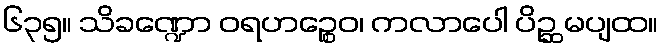
၆၃၅။ သိခဏ္ဍော ဝရဟဉ္စေဝ၊ ကလာပေါ ပိဉ္ဆ မပျထ။